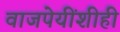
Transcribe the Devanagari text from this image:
वाजपेयींशीही